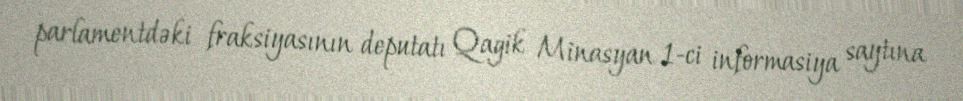
parlamentdəki fraksiyasının deputatı Qagik Minasyan 1-ci informasiya saytına